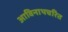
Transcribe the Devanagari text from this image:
आविनाथचरित